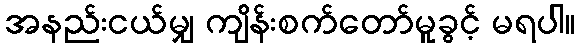
အနည်းငယ်မျှ ကျိန်းစက်တော်မူခွင့် မရပါ။